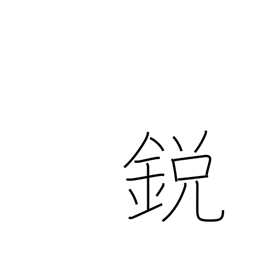
Meaning: pointed